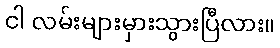
ငါ လမ်းများမှားသွားပြီလား။